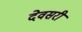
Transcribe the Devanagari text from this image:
देवसरी